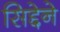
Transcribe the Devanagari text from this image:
सिद्देने